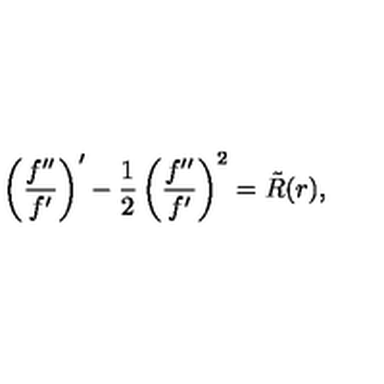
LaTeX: \left( \frac { f ^ { \prime \prime } } { f ^ { \prime } } \right) ^ { \prime } - { \frac { 1 } { 2 } } \left( \frac { f ^ { \prime \prime } } { f ^ { \prime } } \right) ^ { 2 } = \tilde { R } ( r ) ,